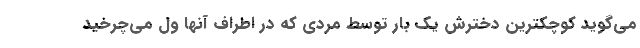
می‌گوید کوچکترین دخترش یک بار توسط مردی که در اطراف آنها ول می‌چرخید